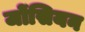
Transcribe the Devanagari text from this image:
जोंसियन